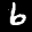
Digit: 6